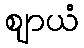
ဈာယံ